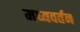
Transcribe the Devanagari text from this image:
मध्यवर्तन